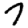
Digit: 7